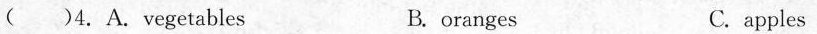
( )4. A.Vegetables B. oranges C. apples